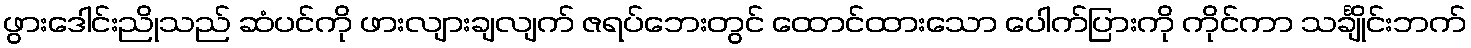
ဖွားဒေါင်းညိုသည် ဆံပင်ကို ဖားလျားချလျက် ဇရပ်ဘေးတွင် ထောင်ထားသော ပေါက်ပြားကို ကိုင်ကာ သင်္ချိုင်းဘက်